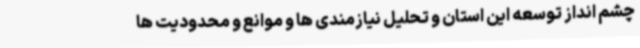
چشم انداز توسعه این استان و تحلیل نیازمندی ها و موانع و محدودیت ها